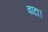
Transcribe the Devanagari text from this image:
वाटा।